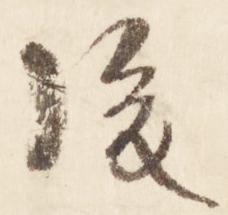
後